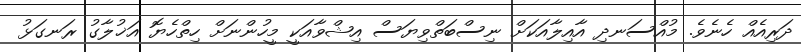
ދަރިއެއް ހެނެވެ. މުއްސަނދި އާއިލާއަކަށް ނިސްބަތްވިޔަސް އިޝްވާއަކީ މީހުންނަށް ހިތްހެޔޮ އަޚުލާގު ރަނގަޅު